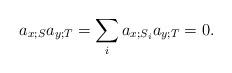
LaTeX: \begin{align*} a_{x;S}a_{y;T} = \sum_i a_{x;S_i}a_{y;T} = 0. \end{align*}